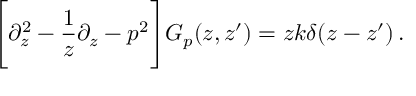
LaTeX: \Bigg [ \partial _ { z } ^ { 2 } - \frac { 1 } { z } \partial _ { z } - p ^ { 2 } \Bigg ] G _ { p } ( z , z ^ { \prime } ) = z k \delta ( z - z ^ { \prime } ) \, .